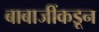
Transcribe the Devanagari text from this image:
बाबाजींकडून